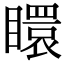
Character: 䁵